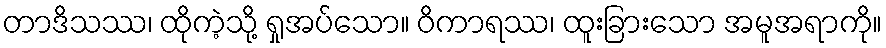
တာဒိသဿ၊ ထိုကဲ့သို့ ရှုအပ်သော။ ဝိကာရဿ၊ ထူးခြားသော အမူအရာကို။